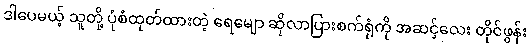
ဒါပေမယ့် သူတို့ ပုံစံထုတ်ထားတဲ့ ရေမျော ဆိုလာပြားစက်ရုံကို အဆင့်လေး တိုင်ဖွန်း